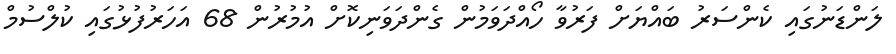
ލަންޑަނުގައި ކެންސަރު ބައްޔަށް ފަރުވާ ހޯއްދަވަމުން ގެންދަވަނިކޮށް އުމުރުން 68 އަހަރުފުޅުގައި ކުލްސުމް